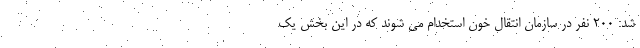
شد: ۲۰۰ نفر در سازمان انتقال خون استخدام می شوند که در این بخش یک